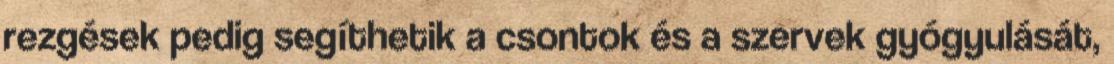
rezgések pedig segíthetik a csontok és a szervek gyógyulását,